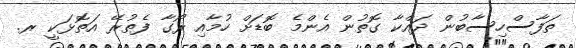
ތަފާސްހިސާބުން ދައްކާ ގޮތުން އެންމެ ބޮޑަށް ހުމާއި ރޯގާ ފެތުރޭ އަތޮޅަކީ ރ.